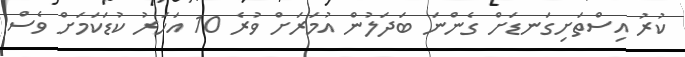
ކުރު އިސްތަށިގަނޑަށް ގެންނަ ބަދަލުން އުމަރަށް ވުރެ 10 އަހަރު ކުޑަކަމަށް ވެސް